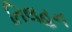
તિલહન